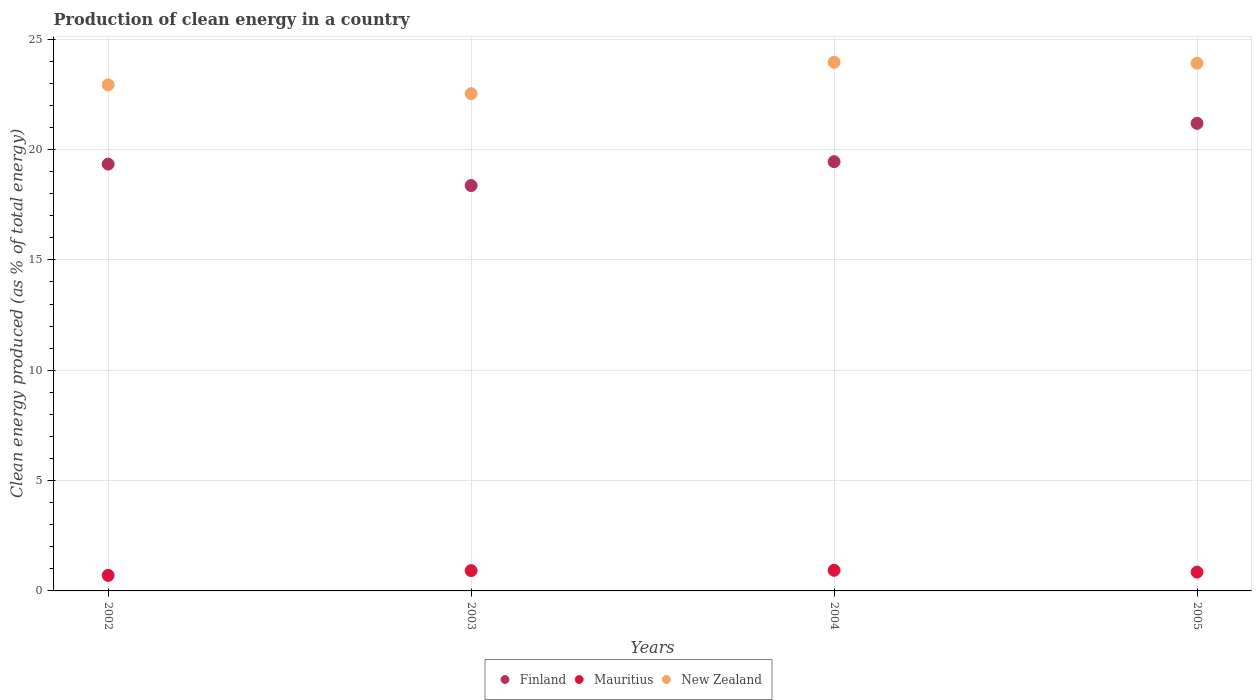
| Years | Finland | Mauritius | New Zealand |
 | --- | --- | --- | --- |
 | 2002 | 19.3 | 0.703 | 22.9 |
 | 2003 | 18.4 | 0.92 | 22.5 |
 | 2004 | 19.5 | 0.934 | 24 |
 | 2005 | 21.2 | 0.852 | 23.9 |